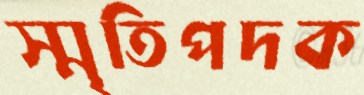
স্মৃতিপদক